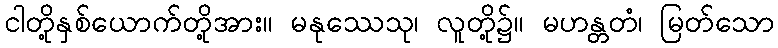
ငါတို့နှစ်ယောက်တို့အား။ မနုဿေသု၊ လူတို့၌။ မဟန္တတံ၊ မြတ်သော